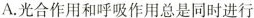
A.光合作用和呼吸作用总是同时进行